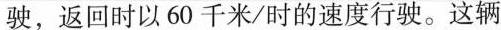
驶，返回时以60千米/时的速度行驶。这辆